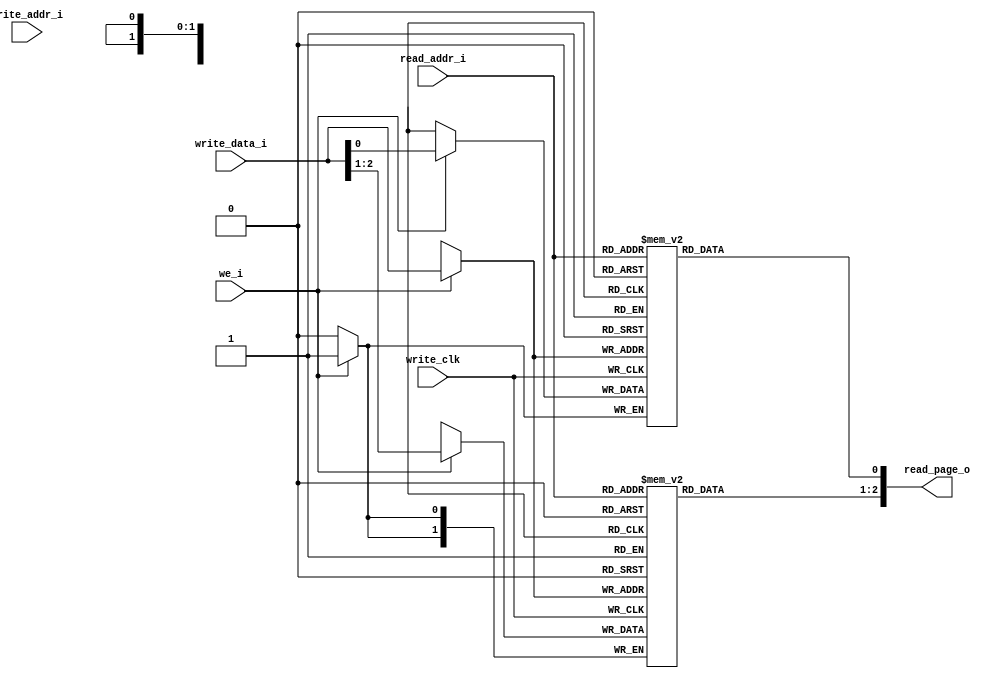
//--------------------------------------------------------------------------------------------------------------------
// Asynchronous single-port RAM
// synchronous write and asynchronous read
// Xilinx LUTRAM inferrable by setting the parameter as "XILINX_LUTRAM_INFER=1"
module lutMem_async_1bankX1port_3b #(
	parameter QUAN_SIZE = 3,
    parameter PAGE_NUM = 32,
	parameter ADDR_BITWIDTH = 5,
    parameter XILINX_LUTRAM_INFER = 1
) (
    output wire [QUAN_SIZE-1:0] read_page_o,

    input wire [ADDR_BITWIDTH-1:0] read_addr_i,
    input wire [ADDR_BITWIDTH-1:0] write_data_i,
    input wire [QUAN_SIZE-1:0] write_addr_i,
    input wire we_i,
    input wire write_clk
);

generate
    // The following construction is only for Xilinx FPGA-specific optimality
    if(XILINX_LUTRAM_INFER==1) begin
        (* ram_style="distributed" *) reg [1:0] lut_page_bitData_port0_0 [0:PAGE_NUM-1];
        (* ram_style="distributed" *) reg [0:0] lut_page_bitData_port0_1 [0:PAGE_NUM-1];
        assign read_page_o = {lut_page_bitData_port0_0[ read_addr_i[ADDR_BITWIDTH-1:0] ][1:0], lut_page_bitData_port0_1[ read_addr_i[ADDR_BITWIDTH-1:0] ][0:0]};
        always @(posedge write_clk) begin
         if(we_i == 1'b1)	begin 
             lut_page_bitData_port0_0[ write_data_i[ADDR_BITWIDTH-1:0] ][1:0] <= write_data_i[2:1];
             lut_page_bitData_port0_1[ write_data_i[ADDR_BITWIDTH-1:0] ][0:0] <= write_data_i[0:0];
         end
        end
    end
endgenerate
endmodule